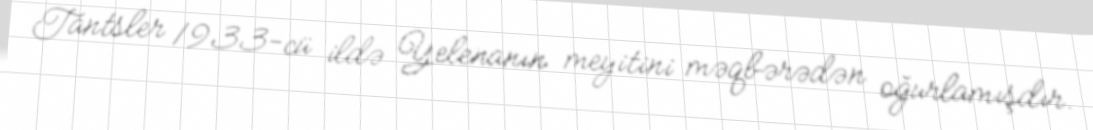
Tantsler 1933-cü ildə Yelenanın meyitini məqbərədən oğurlamışdır.